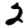
Digit: 2